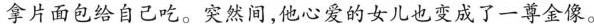
拿片面包给自己吃。突然间，他心爱的女儿也变成了一尊金像。